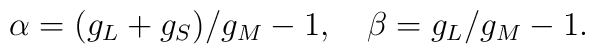
\alpha=(g_L+g_S)/g_M-1, \quad \beta=g_L/g_M-1.